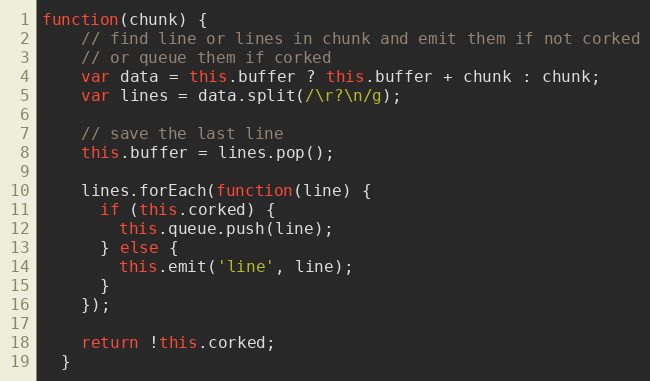
Language: JavaScript
function(chunk) {
    // find line or lines in chunk and emit them if not corked
    // or queue them if corked
    var data = this.buffer ? this.buffer + chunk : chunk;
    var lines = data.split(/\r?\n/g);

    // save the last line
    this.buffer = lines.pop();

    lines.forEach(function(line) {
      if (this.corked) {
        this.queue.push(line);
      } else {
        this.emit('line', line);
      }
    });

    return !this.corked;
  }